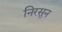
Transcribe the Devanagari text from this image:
निरसुन